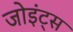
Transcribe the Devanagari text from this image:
जोइंट्स